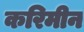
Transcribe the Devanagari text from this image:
करिमीन